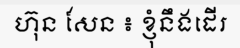
ហ៊ុន សែន ៖ ខ្ញុំនឹងដើរ